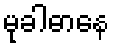
မုခါဓာနေ